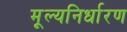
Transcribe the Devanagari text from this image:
मूल्यनिर्धारण